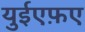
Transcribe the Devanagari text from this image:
युईएफ़ए